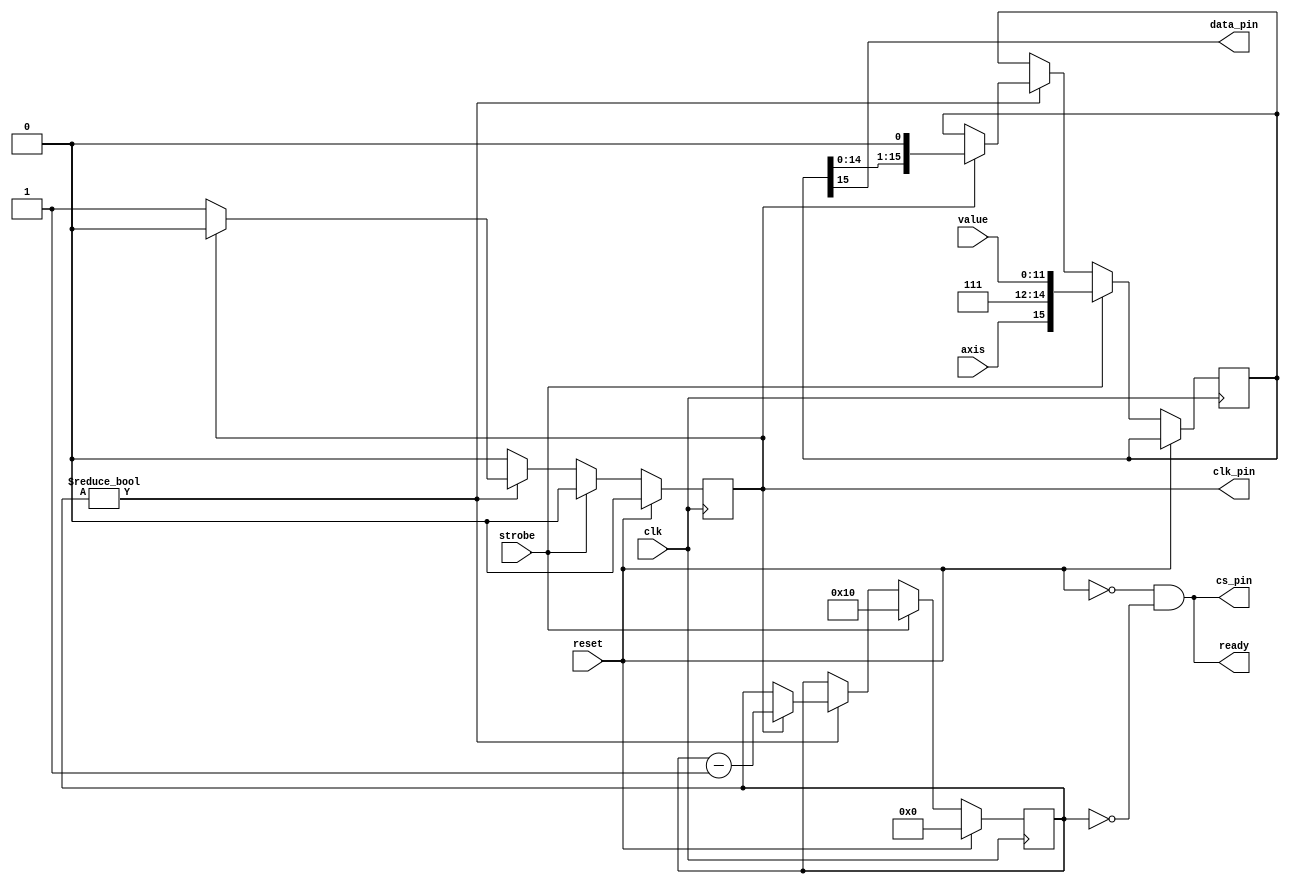
module mpc4922(
	input clk,
	input reset,

	// physical interface
	output cs_pin,
	output clk_pin,
	output data_pin,

	// logical interface
	input [11:0] value,
	input axis,
	input strobe,
	output ready
);
	parameter GAIN = 1'b1; // Normal gain
	parameter BUFFERED = 1'b1; // buffered
	parameter SHUTDOWN = 1'b1; // not shutdown

	reg [15:0] cmd;
	reg [4:0] bits;
	assign ready = !reset && bits == 0;
	assign cs_pin = ready; // negative logic
	assign data_pin = cmd[15];

	always @(posedge clk)
	begin
		if (reset) begin
			bits <= 0;
			clk_pin <= 0;
		end else
		if (strobe) begin
			cmd <= { axis, BUFFERED, GAIN, SHUTDOWN, value };
			bits <= 16;
			clk_pin <= 0;
		end else
		if (bits != 0) begin
			if (clk_pin) begin
				// change when it is currently high
				cmd <= { cmd[14:0], 1'b0 };
				clk_pin <= 0;
				bits <= bits - 1;
			end else begin
				// rising edge clocks the data
				clk_pin <= 1;
			end
		end else begin
			clk_pin <= 0;
		end
	end

endmodule